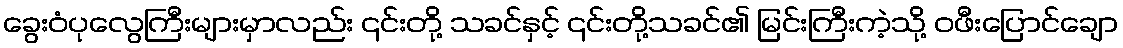
ခွေးဝံပုလွေကြီးများမှာလည်း ၎င်းတို့ သခင်နှင့် ၎င်းတို့သခင်၏ မြင်းကြီးကဲ့သို့ ဝဖီးပြောင်ချော